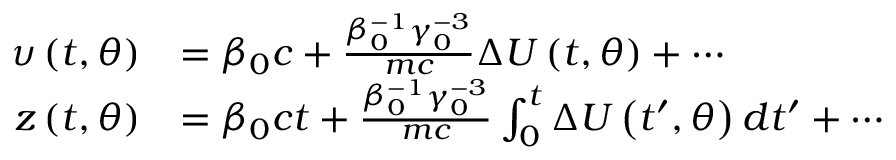
\begin{array} { r l } { \upsilon \left( t , \theta \right) } & { = \beta _ { 0 } c + \frac { \beta _ { 0 } ^ { - 1 } \gamma _ { 0 } ^ { - 3 } } { m c } \Delta U \left( t , \theta \right) + \cdots } \\ { z \left( t , \theta \right) } & { = \beta _ { 0 } c t + \frac { \beta _ { 0 } ^ { - 1 } \gamma _ { 0 } ^ { - 3 } } { m c } \int _ { 0 } ^ { t } \Delta U \left( { t } ^ { \prime } , \theta \right) d { t } ^ { \prime } + \cdots } \end{array}